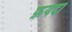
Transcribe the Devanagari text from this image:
फ़यदा